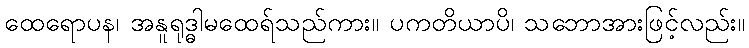
ထေရောပန၊ အနူရုဒ္ဓါမထေရ်သည်ကား။ ပကတိယာပိ၊ သဘောအားဖြင့်လည်း။